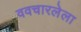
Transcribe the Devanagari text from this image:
ववचारलेला